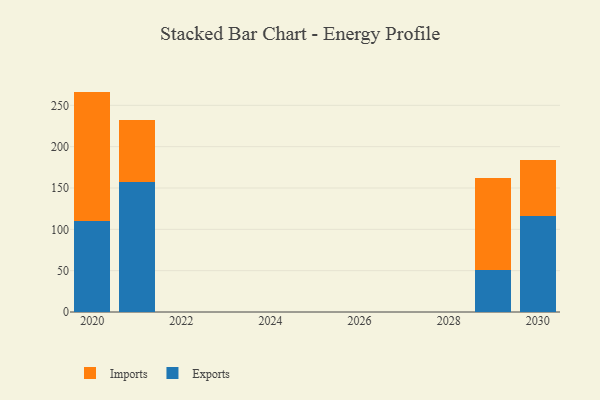
{"axis": {"x": "Year", "y": "Waste Production (Tons)"}, "legend": ["Exports", "Imports"], "data": [{"x": "2021", "y": 157.5, "type": "Exports"}, {"x": "2021", "y": 75.1, "type": "Imports"}, {"x": "2030", "y": 116.2, "type": "Exports"}, {"x": "2030", "y": 68.2, "type": "Imports"}, {"x": "2029", "y": 50.3, "type": "Exports"}, {"x": "2029", "y": 112.1, "type": "Imports"}, {"x": "2020", "y": 109.6, "type": "Exports"}, {"x": "2020", "y": 157.0, "type": "Imports"}]}